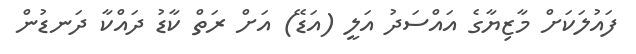
ފައުލަކަށް މާޒިޔާގެ އައްސަދު އަލީ (އަޑޭ) އަށް ރަތް ކާޑު ދައްކާ ދަނޑުން